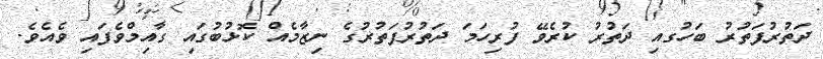
ދަތުރުފަތުރު ބަހުގއި ދަތުރު ކުރެވޭ ފުރިހަމަ ދަތުރުފަތުރުގެ ނިޒާމެއް ކޮޅުބުގައި ގާއިމްވެފައި ވެއެވެ.